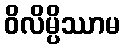
ဝိလိမ္ပိဿာမ